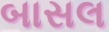
બાસલ